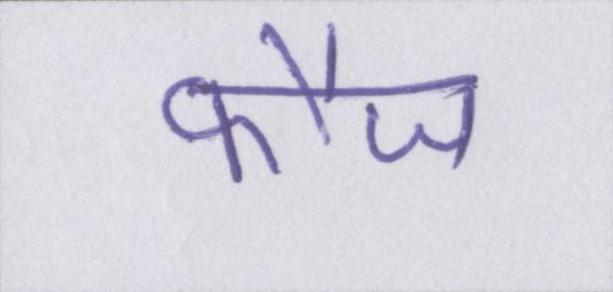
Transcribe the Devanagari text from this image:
फौज